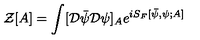
{ \mathcal Z } [ A ] = \int [ { \mathcal D } { \bar { \psi } } { \mathcal D } \psi ] _ { A } e ^ { i S _ { F } [ { \bar { \psi } } , \psi ; A ] }